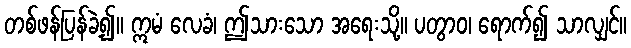
တစ်ဖန်ပြန်ခဲ့၍။ ဣမံ လေခံ၊ ဤသားသော အရေးသို့။ ပတွာဝ၊ ရောက်၍ သာလျှင်။